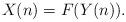
LaTeX: \begin{align*}X(n)=F(Y(n)).\end{align*}